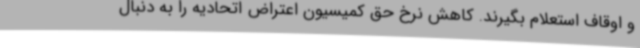
و اوقاف استعلام بگیرند. کاهش نرخ حق کمیسیون اعتراض اتحادیه را به دنبال